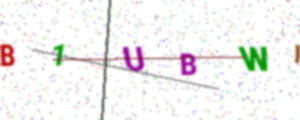
Text: B1UBWI